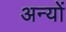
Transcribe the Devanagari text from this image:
अन्‍यों